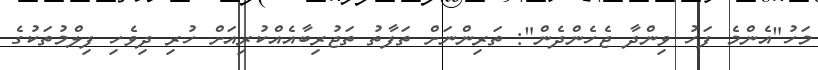
މަހު"އެންމެ ފަހު ވިންދާ ޖެހެންދެން": ތަރިންނަށް ތަފާތު ތަޖުރިބާއެއްކުރިއަށް ހުރި ދިވެހި ފިލްމުތަކުގެ